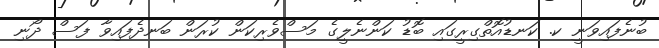
ބުނެފައިވަނީ ކ. ކަނޑުއޮތްގިރީގައި ބޮޑު ކަންނެލީގެ މަސްވެރިކަން ކުރަން ބަނދެފައިވާ ފަސް ދޯނި